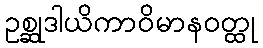
ဥစ္ဆုဒါယိကာဝိမာနဝတ္ထု